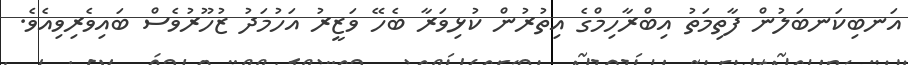
އަނބިކަނބަލުން ފާތިމަތު އިބްރާހިމްގެ އިތުރުން ކުޅިވަރާ ބެހޭ ވަޒީރު އަހުމަދު ޒުހޫރުވެސް ބައިވެރިވިއެވެ.